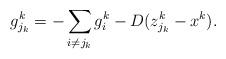
LaTeX: \begin{align*}g^k_{j_k} = -\sum_{i\ne j_k}g^{k}_i - D(z^k_{j_k}-x^k).\end{align*}